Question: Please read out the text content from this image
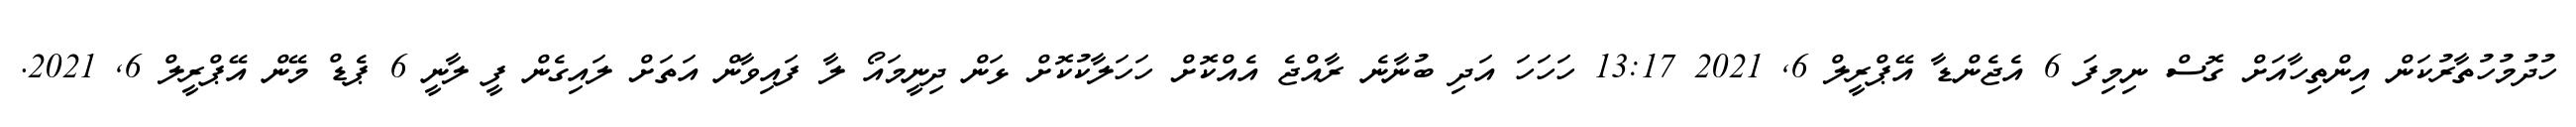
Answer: ހުދުމުހުތާރުކަން އިންތިހާއަށް ގޮސް ނިމިފަ 6 އެޖެންޑާ އޭޕްރީލް 6, 2021 13:17 ހަހަހަ އަދި ބުނާނެ ރާއްޖެ އެއްކޮށް ހަހަލާކުކޮށް ޅަން ދިނީމައޯ ލާ ފައިވާން އަތަށް ލައިގެން ފީ ލާނީ 6 ޕެޑް މޭން އޭޕްރީލް 6, 2021.